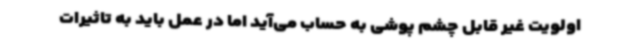
اولویت غیر قابل چشم پوشی به حساب می‌آید اما در عمل باید به تاثیرات